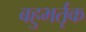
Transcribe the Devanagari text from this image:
बहुभर्तृक